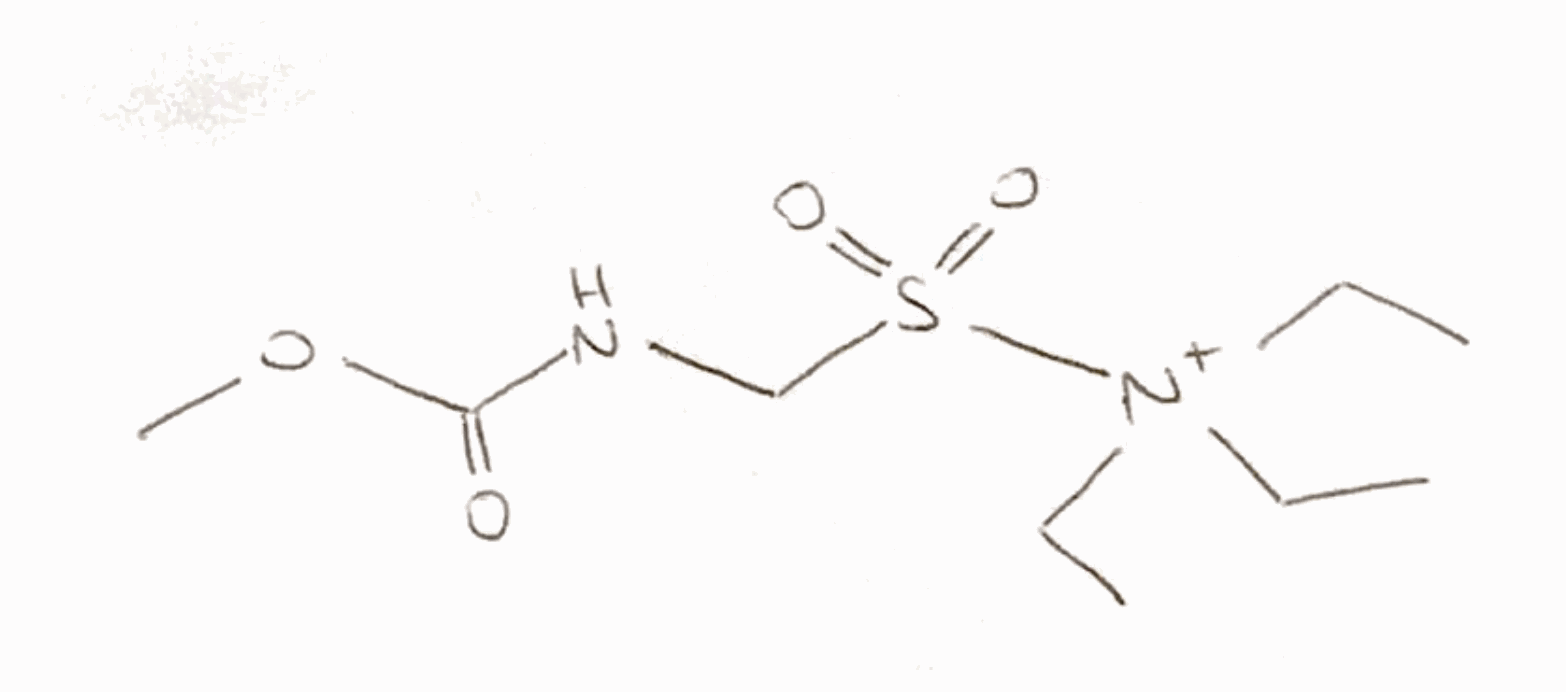
Simplified molecular-input line-entry system (SMILES) notation of the given molecule:
CC[N+](CC)(CC)S(=O)(=O)CNC(=O)OC